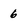
Character: 6